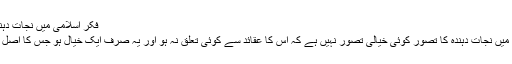
فکر اسلامی میں نجات دہندہ کا وجود:
اسلامی فکر میں نجات دہندہ کا تصور کوئی خیالی تصور نہیں ہے کہ اس کا عقائد سے کوئی تعلق نہ ہو اور یہ صرف ایک خیال ہو جس کا اصل وجود نہ ہو۔